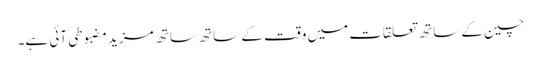
چین کے ساتھ تعلقات میں وقت کے ساتھ ساتھ مزید مضبوطی آئی ہے۔